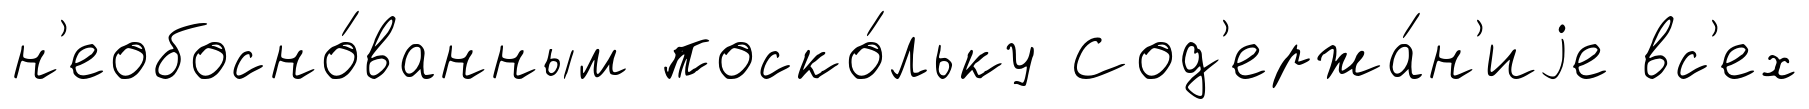
н'еобосно́ванным поско́льку Сод'ержа́н'иjе вс'ех